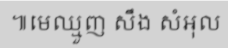
៕មេឈ្មួញ សឹង សំអុល